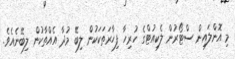
މި އޮންލައިން ސްޓޯރުން ލެކިއުޓްގެ ހުރިހާ ފިހާރަތަކަކުން ލިބޭ މުދާ އެއްތާކުން ލިބޭނެއެވެ.